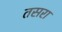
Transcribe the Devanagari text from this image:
तसरा